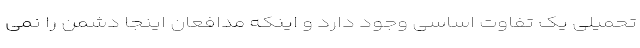
تحمیلی یک تفاوت اساسی وجود دارد و اینکه مدافعان اینجا دشمن را نمی